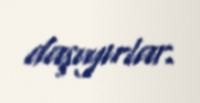
daşıyırlar.